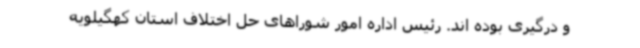
و درگیری بوده اند. رئیس اداره امور شوراهای حل اختلاف استان کهگیلویه